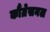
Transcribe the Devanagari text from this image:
कौंग्रेसनल